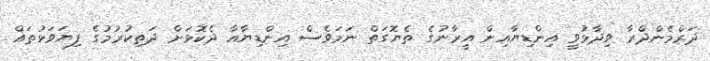
ދަރްމެންދްރާ ވިދާޅުވީ އިންޑިޔާއިން އީރާނުގެ ތެޔޮގަތް ނަމަވެސް އިންޑިޔާއާ ދެކޮޅަށް ދަތިކުރުމުގެ ފިޔަވަޅުތައް